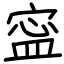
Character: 寍